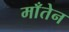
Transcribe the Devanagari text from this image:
माँतेन